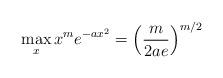
LaTeX: \begin{align*} \max_{x} x^m e^{-a x^2} = \left( \frac{m}{2 a e} \right)^{m/2}\end{align*}